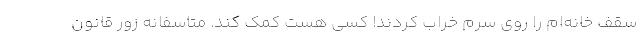
سقف خانه‌ام را روی سرم خراب کردند! کسی هست کمک کند. متاسفانه زور قانون